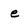
Character: e